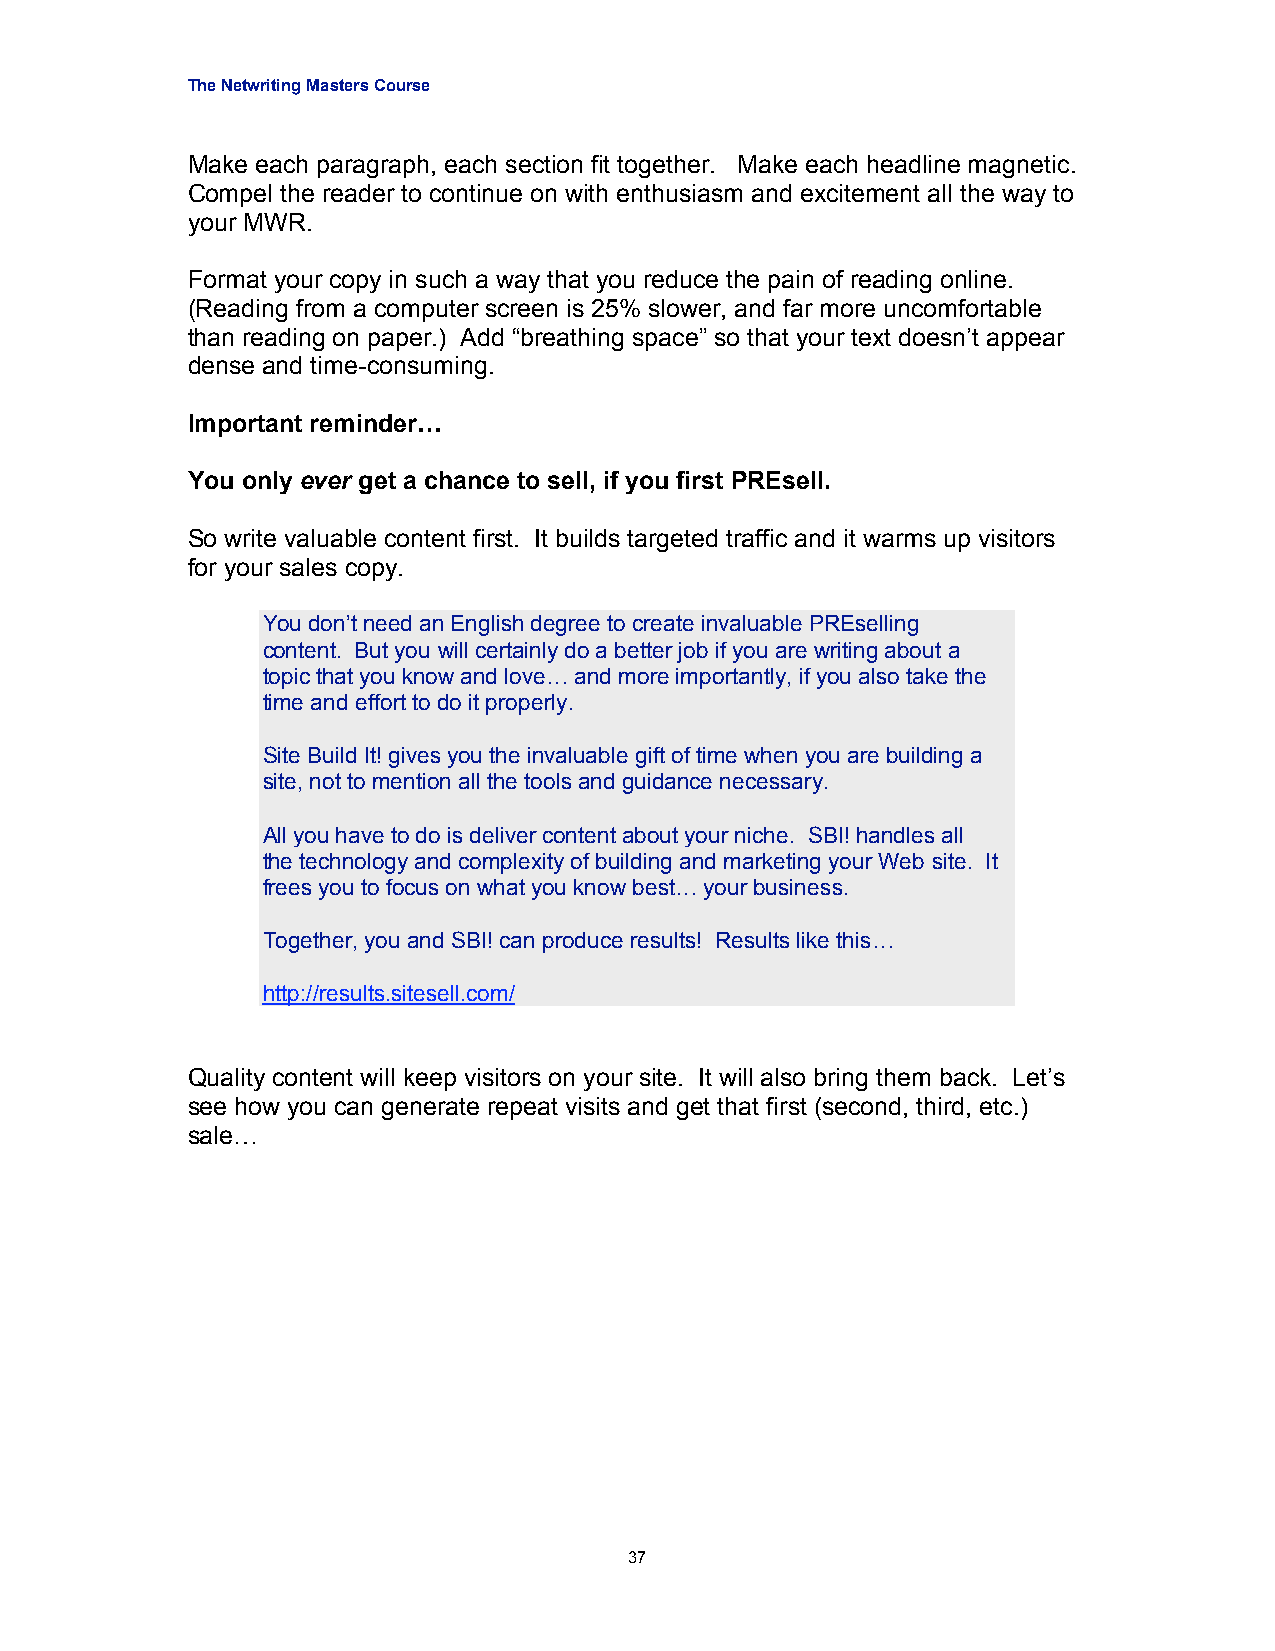
The Netwriting Masters Course
 Make each paragraph, each section fit together. Make each headline magnetic.
 Compel the reader to continue on with enthusiasm and excitement all the way to
 your MWR.
 Format your copy in such a way that you reduce the pain of reading online.
 (Reading from a computer screen is 25% slower, and far more uncomfortable
 than reading on paper.) Add “breathing space” so that your text doesn’t appear
 dense and time-consuming.
 Important reminder…
 You only ever get a chance to sell, if you first PREsell.
 So write valuable content first. It builds targeted traffic and it warms up visitors
 for your sales copy.
 You don’t need an English degree to create invaluable PREselling
 content. But you will certainly do a better job if you are writing about a
 topic that you know and love… and more importantly, if you also take the
 time and effort to do it properly.
 Site Build It! gives you the invaluable gift of time when you are building a
 site, not to mention all the tools and guidance necessary.
 All you have to do is deliver content about your niche. SBI! handles all
 the technology and complexity of building and marketing your Web site. It
 frees you to focus on what you know best… your business.
 Together, you and SBI! can produce results! Results like this…
 http://results.sitesell.com/
 Quality content will keep visitors on your site. It will also bring them back. Let’s
 see how you can generate repeat visits and get that first (second, third, etc.)
 sale…
 37